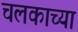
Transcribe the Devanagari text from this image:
चलकाच्या